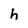
Character: h